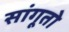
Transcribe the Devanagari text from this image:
सांगूतो